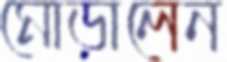
মোড়ালেন